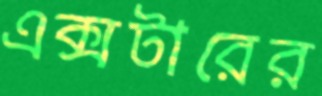
এক্সটারের